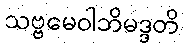
သဗ္ဗမေဝါဘိမဒ္ဒတိ